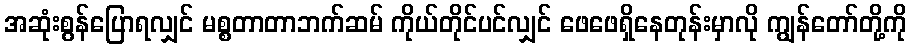
အဆုံးစွန်ပြောရလျှင် မစ္စတာတာဘက်ဆမ် ကိုယ်တိုင်ပင်လျှင် ဖေဖေရှိနေတုန်းမှာလို ကျွန်တော်တို့ကို